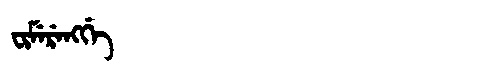
Manchu: ᠸᡳᠮᡝᡵᡝᠩᡤᡝ
Romanization: FIMERENGGE